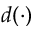
d ( \cdot )